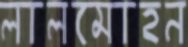
লালমোহন